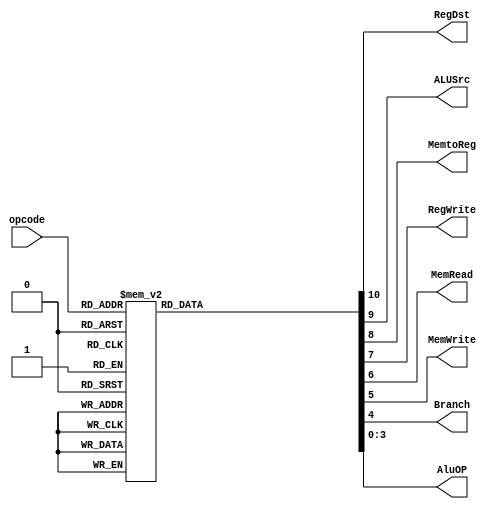
module control(opcode, RegDst, ALUSrc, MemtoReg, RegWrite, MemRead, MemWrite, Branch, AluOP);

input [5:0] opcode;

output reg RegDst;
output reg ALUSrc;
output reg MemtoReg;
output reg RegWrite;
output reg MemRead;
output reg MemWrite;
output reg Branch;

//TODO- Check ti allo epireazetai me thn allagh afth
output reg [3:0] AluOP;


always @(opcode) begin
    case (opcode)
        
        // "x" in a bitsequence means that we do not care about the value of this specific bit 

        //bitwise
        //Type R
        6'b000000:{RegDst, ALUSrc, MemtoReg, RegWrite, MemRead, MemWrite, Branch, AluOP}=11'b100100_0_1000;//r

        //Type I
        6'b001100:{RegDst, ALUSrc, MemtoReg, RegWrite, MemRead, MemWrite, Branch, AluOP}=11'b010100_0_0001;//andi
        6'b001101:{RegDst, ALUSrc, MemtoReg, RegWrite, MemRead, MemWrite, Branch, AluOP}=11'b010100_0_0010;//ori
        6'b001110:{RegDst, ALUSrc, MemtoReg, RegWrite, MemRead, MemWrite, Branch, AluOP}=11'b010100_0_0011;//xori
        6'b001000:{RegDst, ALUSrc, MemtoReg, RegWrite, MemRead, MemWrite, Branch, AluOP}=11'b010100_0_0000;//addi

        //Branch/jump
        6'b000010:{RegDst, ALUSrc, MemtoReg, RegWrite, MemRead, MemWrite, Branch, AluOP}=11'b000000_0_0000; //j
        6'b000100:{RegDst, ALUSrc, MemtoReg, RegWrite, MemRead, MemWrite, Branch, AluOP}=11'bx0x000_1_0001; //beq
        6'b000101:{RegDst, ALUSrc, MemtoReg, RegWrite, MemRead, MemWrite, Branch, AluOP}=11'b010000_1_0110; //bne
        6'b000110:{RegDst, ALUSrc, MemtoReg, RegWrite, MemRead, MemWrite, Branch, AluOP}=11'b010000_1_0111; //blez
        6'b000111:{RegDst, ALUSrc, MemtoReg, RegWrite, MemRead, MemWrite, Branch, AluOP}=11'b010000_1_1001; //bgtz

        //Register manipulation
        6'b100011:{RegDst, ALUSrc, MemtoReg, RegWrite, MemRead, MemWrite, Branch, AluOP}=11'b011110_0_0000; //lw
        6'b101011:{RegDst, ALUSrc, MemtoReg, RegWrite, MemRead, MemWrite, Branch, AluOP}=11'bx1x001_0_0000; //sw
        6'b001111:{RegDst, ALUSrc, MemtoReg, RegWrite, MemRead, MemWrite, Branch, AluOP}=11'b010100_0_1010; //lui
        6'b001010:{RegDst, ALUSrc, MemtoReg, RegWrite, MemRead, MemWrite, Branch, AluOP}=11'b010100_0_1011; //slti
        
        //In order now not to keep the "state" of the previous cycle wich also means that we will create memmory cells(the compiler)
        //We introduce a default value so no state needs to be  stored and we always pass a value even an dummy one.
        //An den eixame to defaul kai dhmiourgousame kelia mnhmhs tote to kykloma mas den tha htan syndiastiko.
        default: {RegDst,ALUSrc,MemtoReg,RegWrite,MemRead,MemWrite,Branch,AluOP}=9'bxxx_xxx_x_xx;
        //We can also find the signal for the no-op
    
    endcase

end
 

endmodule